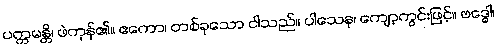
ပက္ကမန္တိ၊ ဖဲကုန်၏။ ဧကော၊ တစ်ခုသော ငါသည်။ ပါသေန၊ ကျော့ကွင်းဖြင့်။ ဗဒ္ဓေါ၊